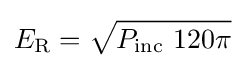
E_{\text{R}}={\sqrt {P_{\text{inc}}\ 120\pi }}